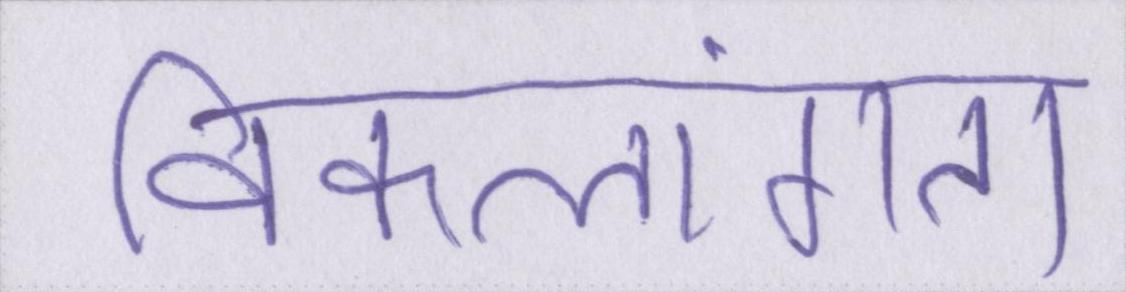
विकलांगता